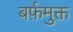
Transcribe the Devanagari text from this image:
बर्फ़मुक्त